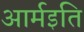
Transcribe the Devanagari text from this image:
आर्मइति